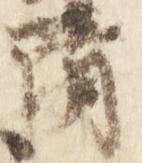
清